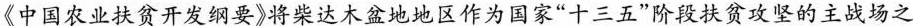
《中国农业扶贫开发纲要》将柴达木盆地地区作为国家”十三五”阶段扶贫攻坚的主战场之